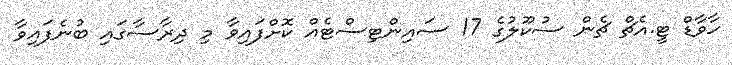
ހާވާޑް ޓީ.އެޗް ޗެން ސުކޫލުގެ 17 ސައިންޓިސްޓެއް ކޮށްފައިވާ މި ދިރާސާގައި ބުނެފައިވާ